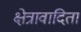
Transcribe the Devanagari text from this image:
क्षेत्रावादिता